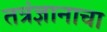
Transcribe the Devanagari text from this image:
तत्रंज्ञानाचा